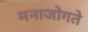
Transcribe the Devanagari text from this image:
मनाजोगते